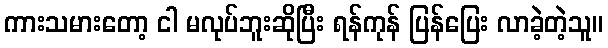
ကားသမားတော့ ငါ မလုပ်ဘူးဆိုပြီး ရန်ကုန် ပြန်ပြေး လာခဲ့တဲ့သူ။